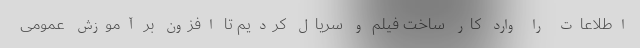
اطلاعات را وارد کار ساخت فیلم و سریال کردیم تا افزون بر آموزش عمومی